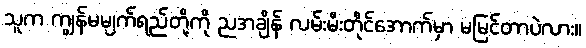
သူက ကျွန်မမျက်ရည်တို့ကို ညအချိန် လမ်းမီးတိုင်အောက်မှာ မမြင်တာပဲလား။